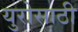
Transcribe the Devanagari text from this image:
युरोसाठी